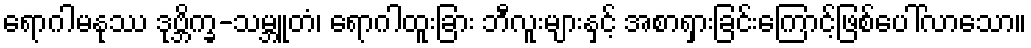
ရောဂါမနုဿ ဒုဗ္ဘိက္ခ-သမ္ဘူတံ၊ ရောဂါထူးခြား ဘီလူးများနှင့် အစာရှားခြင်းကြောင့်ဖြစ်ပေါ်လာသော။